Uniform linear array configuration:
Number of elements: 32
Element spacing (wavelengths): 0.25
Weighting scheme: binomial
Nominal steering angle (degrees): -60
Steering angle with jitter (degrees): -60.208
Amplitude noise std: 0.05
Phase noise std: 0.05

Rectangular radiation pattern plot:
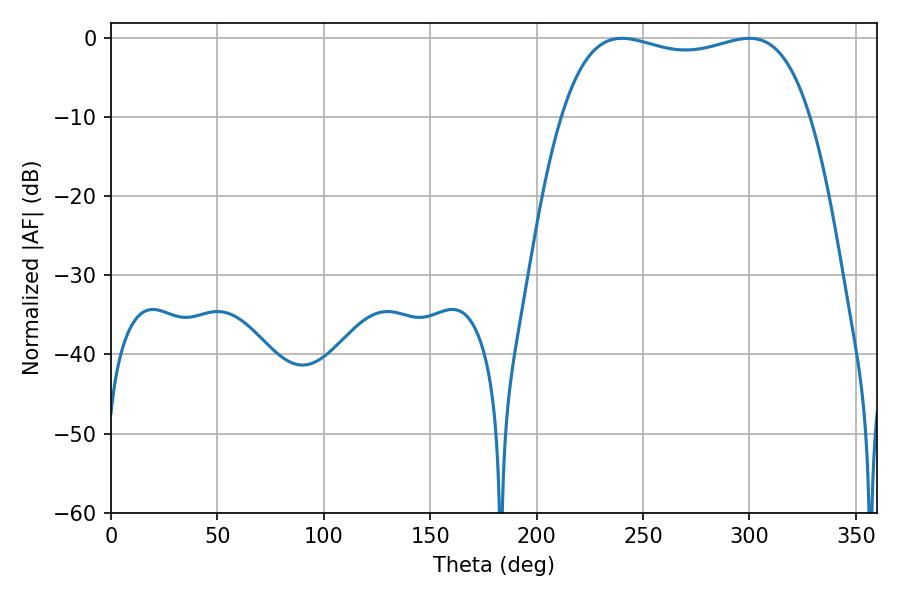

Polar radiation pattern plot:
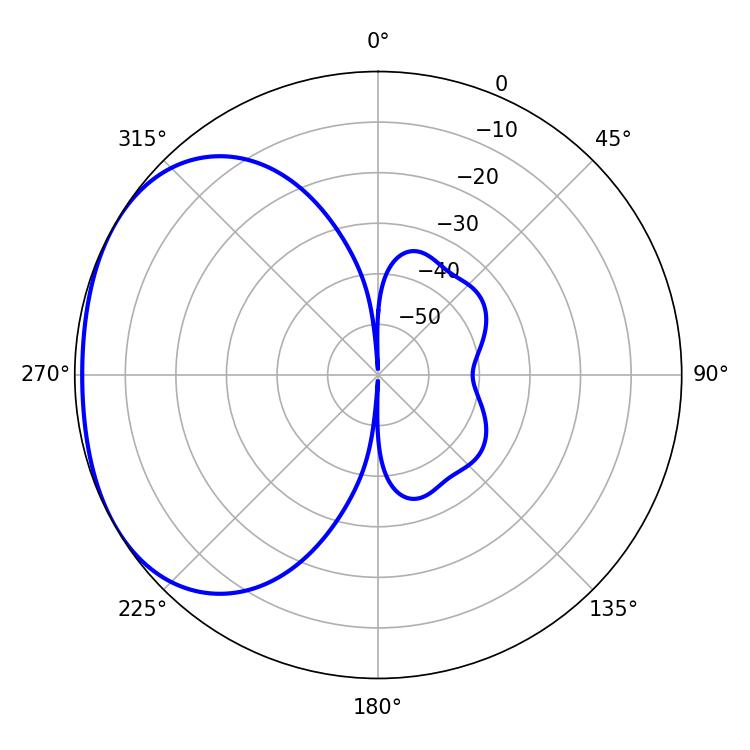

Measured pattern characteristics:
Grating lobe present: FALSE
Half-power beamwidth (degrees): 94.68
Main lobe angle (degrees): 240.12